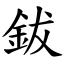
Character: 鈸